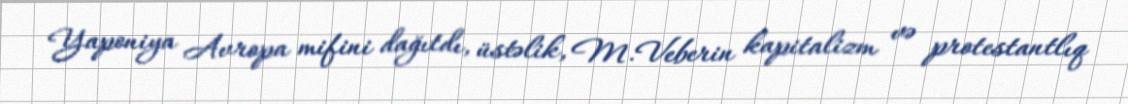
Yaponiya Avropa mifini dağıtdı, üstəlik, M.Veberin kapitalizm və protestantlıq